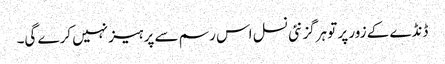
ڈنڈے کے زور پر تو ہرگز نئی نسل اس رسم سے پرہیز نہیں کرے گی۔